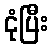
ငုံပြီး